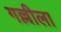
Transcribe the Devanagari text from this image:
गल्लीला